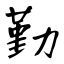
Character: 勤